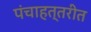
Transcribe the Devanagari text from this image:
पंचाहत्तरीत